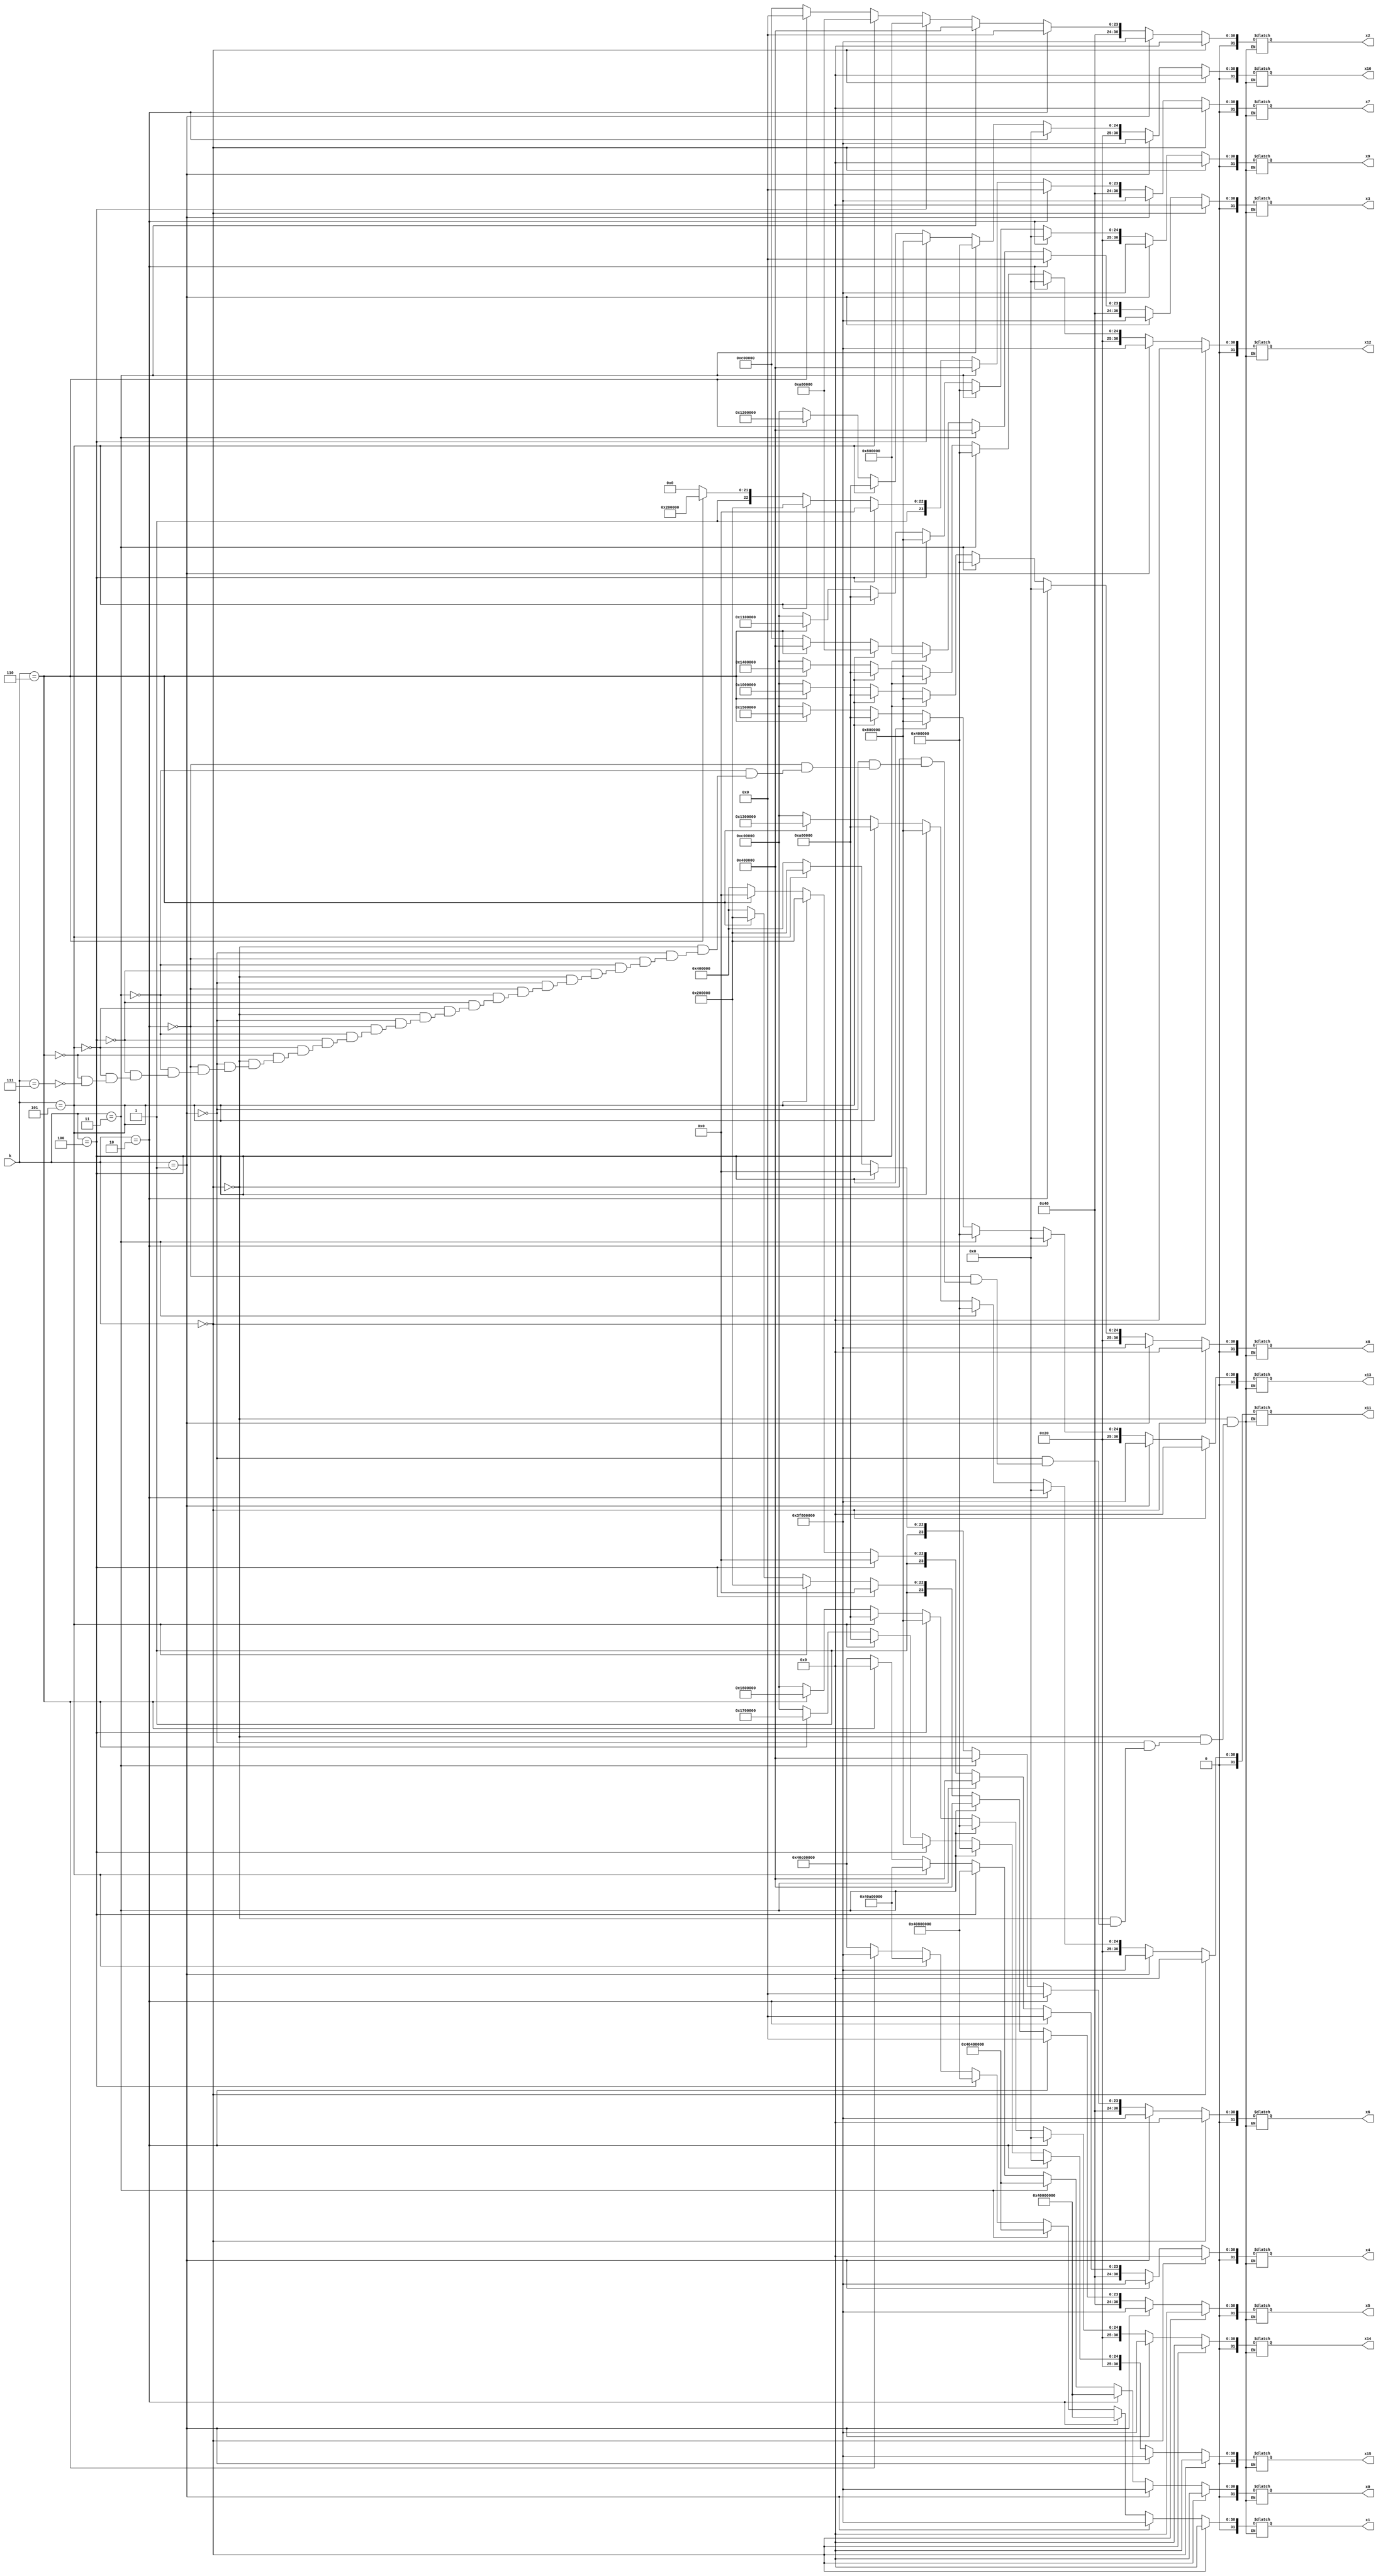
`timescale 1ns / 1ps
//////////////////////////////////////////////////////////////////////////////////
// Company: 
// Engineer: 
// 
// Design Name: 
// Module Name: inputs
// Project Name: 
// Target Devices: 
// Tool Versions: 
// Description: 
// 
// Dependencies: 
// 
// Revision:
// Revision 0.01 - File Created
// Additional Comments:
// 
//////////////////////////////////////////////////////////////////////////////////


module input_set(k,x0,x1,x2,x3,x4,x5,x6,x7,x8,x9,x10,x11,x12,x13,x14,x15);
    input [2:0] k;
    output [31:0] x0,x1,x2,x3,x4,x5,x6,x7,x8,x9,x10,x11,x12,x13,x14,x15;
    reg [31:0] x0,x1,x2,x3,x4,x5,x6,x7,x8,x9,x10,x11,x12,x13,x14,x15;
    
    always@(*)
      begin
      if(k == 3'b000)
        begin
             x0 = 32'b00000000000000000000000000000000;     //0
             x1 = 32'b0;     //0
             x2 = 32'b0;     //0
             x3 = 32'b0;     //0
             x4 = 32'b0;     //0
             x5 = 32'b0;     //0 
             x6 = 32'b0;     //0  
             x7 = 32'b0;     //0
             x8 = 32'b0;     //0
             x9 = 32'b0;     //0
             x10 = 32'b0;    //0
             x11 = 32'b0;    //0     
             x12 = 32'b0;    //0
             x13 = 32'b0;    //0
             x14 = 32'b0;    //0
             x15 = 32'b0;    //0
          end
        else if(k == 3'b001)
        begin
             x0 = 32'b00111111100000000000000000000000;     //1
             x1 = 32'b00111111100000000000000000000000;     //1
             x2 = 32'b00111111100000000000000000000000;     //1
             x3 = 32'b00111111100000000000000000000000;     //1
             x4 = 32'b00111111100000000000000000000000;     //1
             x5 = 32'b00111111100000000000000000000000;     //1
             x6 = 32'b00111111100000000000000000000000;     //1
             x7 = 32'b00111111100000000000000000000000;     //1
             x8 = 32'b00111111100000000000000000000000;     //1
             x9 = 32'b00111111100000000000000000000000;     //1
             x10 = 32'b00111111100000000000000000000000;     //1
             x11= 32'b00111111100000000000000000000000;     //1
             x12 = 32'b00111111100000000000000000000000;     //1
             x13= 32'b00111111100000000000000000000000;     //1
             x14= 32'b00111111100000000000000000000000;     //1
             x15 = 32'b00111111100000000000000000000000;     //1
          end 
        else  if(k == 3'b010)
        begin
             x0 = 32'b01000000000000000000000000000000;         //2's
                     x1 = 32'b01000000000000000000000000000000;
                     x2 = 32'b01000000000000000000000000000000;
                     x3 = 32'b01000000000000000000000000000000;
                     x4 = 32'b01000000000000000000000000000000;
                     x5 = 32'b01000000000000000000000000000000;
                     x6 = 32'b01000000000000000000000000000000;
                     x7 = 32'b01000000000000000000000000000000;
                     x8 = 32'b01000000000000000000000000000000;
                     x9 = 32'b01000000000000000000000000000000;
                     x10 = 32'b01000000000000000000000000000000;
                     x11 = 32'b01000000000000000000000000000000;
                     x12 = 32'b01000000000000000000000000000000;
                     x13= 32'b01000000000000000000000000000000;
                     x14 = 32'b01000000000000000000000000000000;
                     x15= 32'b01000000000000000000000000000000;
          end
        else  if(k == 3'b011)
        begin
                    x0 = 32'b01000000010000000000000000000000;     //3
                     x1 = 32'b01000000010000000000000000000000;     //3
                     x2 = 32'b01000000010000000000000000000000;     //3
                     x3 = 32'b01000000010000000000000000000000;     //3
                     x4 = 32'b01000000010000000000000000000000;     //3
                     x5 = 32'b01000000010000000000000000000000;     //3
                     x6 = 32'b01000000010000000000000000000000;     //3
                     x7 = 32'b01000000010000000000000000000000;     //3
                     x8 = 32'b01000000010000000000000000000000;     //3
                     x9 = 32'b01000000010000000000000000000000;     //3
                     x10 = 32'b01000000010000000000000000000000;    //3
                     x11 = 32'b01000000010000000000000000000000;    //3     
                     x12 = 32'b01000000010000000000000000000000;    //3
                     x13 = 32'b01000000010000000000000000000000;    //3
                     x14 = 32'b01000000010000000000000000000000;    //3
                     x15 = 32'b01000000010000000000000000000000;    //3
                     
          end
         else if(k == 3'b100)
        begin
             x0 = 32'b01000000100000000000000000000000;         //4
             x1 = 32'b01000000100000000000000000000000;         //4
             x2 = 32'b01000000100000000000000000000000;
             x3 = 32'b01000000100000000000000000000000;
             x4 = 32'b01000000100000000000000000000000;
             x5 = 32'b01000000100000000000000000000000;
             x6 = 32'b01000000100000000000000000000000;
             x7 = 32'b01000000100000000000000000000000;
             x8 = 32'b01000000100000000000000000000000;     //4
             x9 = 32'b01000000100000000000000000000000;     //4
             x10 = 32'b01000000100000000000000000000000;     //4
             x11= 32'b01000000100000000000000000000000;     //4
             x12 = 32'b01000000100000000000000000000000;     //4
             x13= 32'b01000000100000000000000000000000;     //4
             x14= 32'b01000000100000000000000000000000;     //4
             x15 = 32'b01000000100000000000000000000000;     //4
          end
         else if(k == 3'b101)
        begin
                     x0 = 32'b01000000101000000000000000000000;         //5
                     x1 = 32'b01000000101000000000000000000000;         //5
                     x2 = 32'b01000000101000000000000000000000;
                     x3 = 32'b01000000101000000000000000000000;
                     x4 = 32'b01000000101000000000000000000000;
                     x5 = 32'b01000000101000000000000000000000;
                     x6 = 32'b01000000101000000000000000000000;
                     x7 = 32'b01000000101000000000000000000000;
                     x8 = 32'b01000000101000000000000000000000;     //5
                     x9 = 32'b01000000101000000000000000000000;     //5
                     x10 = 32'b01000000101000000000000000000000;     //5
                     x11= 32'b01000000101000000000000000000000;     //5
                     x12 = 32'b01000000101000000000000000000000;     //5
                     x13= 32'b01000000101000000000000000000000;     //5
                     x14= 32'b01000000101000000000000000000000;     //5
                     x15 = 32'b01000000101000000000000000000000;     //5
          end
         else if(k == 3'b110)
        begin
                     x7 = 32'b01000000111000000000000000000000;     //7
                     x6 = 32'b01000000110000000000000000000000;     //6
                     x5 = 32'b01000000101000000000000000000000;     //5
                     x4 = 32'b01000000100000000000000000000000;     //4
                     x3 = 32'b01000000010000000000000000000000;     //3
                     x2 = 32'b01000000000000000000000000000000;     //2 
                     x1 = 32'b00111111100000000000000000000000;     //1  
                     x0 = 32'b00000000000000000000000000000000;     //0
                     x8 = 32'b01000001000000000000000000000000;     //8
                     x9 = 32'b01000001000100000000000000000000;     //9
                     x10 = 32'b01000001001000000000000000000000;    //10
                     x11 = 32'b01000001001100000000000000000000;    //11     
                     x12 = 32'b01000001010000000000000000000000;    //12
                     x13 = 32'b01000001010100000000000000000000;    //13
                     x14 = 32'b01000001011000000000000000000000;    //14
                     x15 = 32'b01000001011100000000000000000000;    //15
          end
         else if(k == 3'b111)
        begin
            x0 = 32'b01000000110000000000000000000000;     //6
                     x1 = 32'b01000000110000000000000000000000;     //6
                     x2 = 32'b01000000110000000000000000000000;     //6
                     x3 = 32'b01000000110000000000000000000000;     //6
                     x4 = 32'b01000000110000000000000000000000;     //6
                     x5 = 32'b01000000110000000000000000000000;     //6
                     x6 = 32'b01000000110000000000000000000000;     //6
                     x7 = 32'b01000000110000000000000000000000;     //6
                     x8 = 32'b01000000110000000000000000000000;     //6
                     x9 = 32'b01000000110000000000000000000000;     //6
                     x10 = 32'b01000000110000000000000000000000;     //6
                     x11= 32'b01000000110000000000000000000000;     //6
                     x12 = 32'b01000000110000000000000000000000;     //6
                     x13= 32'b01000000110000000000000000000000;     //6
                     x14= 32'b01000000110000000000000000000000;     //
                     x15 = 32'b01000000110000000000000000000000;     //6
          end
        end
endmodule